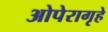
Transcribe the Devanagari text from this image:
ओपेरागृहे